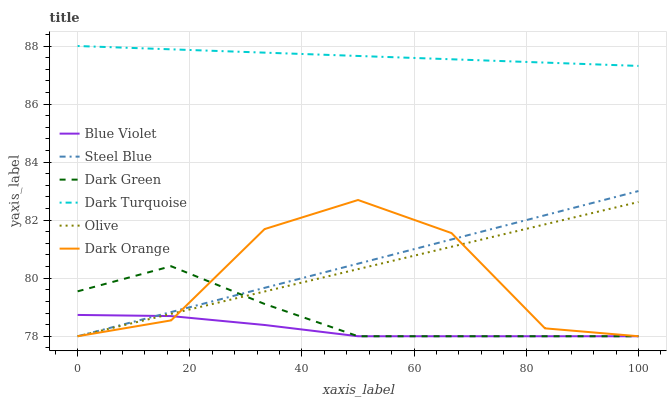
| xaxis_label | Blue Violet | Steel Blue | Dark Green | Dark Turquoise | Olive | Dark Orange |
 | --- | --- | --- | --- | --- | --- | --- |
 | 0 | 78.7 | 78 | 79.5 | 88 | 78 | 78 |
 | 16.7 | 78.7 | 78.8 | 80.4 | 87.9 | 78.8 | 78.5 |
 | 33.3 | 78.4 | 79.7 | 79.1 | 87.8 | 79.5 | 81.7 |
 | 50 | 78 | 80.5 | 78 | 87.7 | 80.3 | 82.7 |
 | 66.7 | 78 | 81.3 | 78 | 87.5 | 81.1 | 81.6 |
 | 83.3 | 78 | 82.2 | 78 | 87.4 | 81.9 | 78.3 |
 | 100 | 78 | 83 | 78 | 87.3 | 82.6 | 78 |